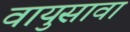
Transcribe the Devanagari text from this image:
वायुसावा